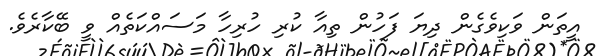
އީތަން ވަކިވެގެން ދިޔަ ފަހުން ތިއާ ކުރި ހުރިހާ މަސައްކަތެއް ވީ ބޭކާރެވެ.